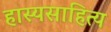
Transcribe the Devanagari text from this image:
हास्यसाहित्य